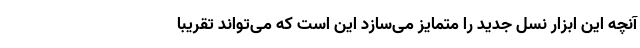
آنچه این ابزار نسل جدید را متمایز می‌سازد این است که می‌تواند تقریباٌ